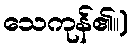
သေကုန်၏။)